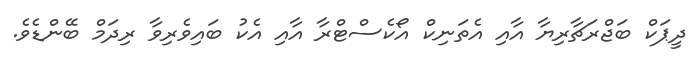
ދީޕަކް ބަޖްރަޗާރިޔާ އާއި އެތަނިކް އޯކެސްޓްރާ އާއި އެކު ބައިވެރިވާ ރިދަމް ބޭންޑެވެ.